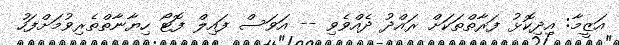
އަޒީމާ: އިދިކޮޅު ފަރާތްތަކަށް ރައްދު ދެއްވެވި -- އަވަސް ފައިލް ފޮޓޯ ހިޔާނާތްތެރިވުމަށްފަހު